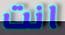
انت